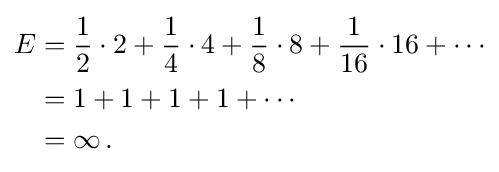
{\begin{aligned}E&={\frac {1}{2}}\cdot 2+{\frac {1}{4}}\cdot 4+{\frac {1}{8}}\cdot 8+{\frac {1}{16}}\cdot 16+\cdots \\&=1+1+1+1+\cdots \\&=\infty \,.\end{aligned}}